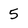
Character: 5